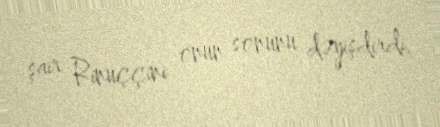
şair Rinuççini onun sonunu dəyişdirdi.